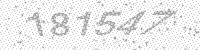
Solution: 181547